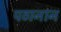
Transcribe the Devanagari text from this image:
पठानान